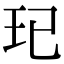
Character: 𤣱